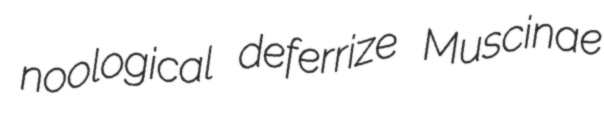
noological deferrize Muscinae